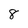
Character: 8